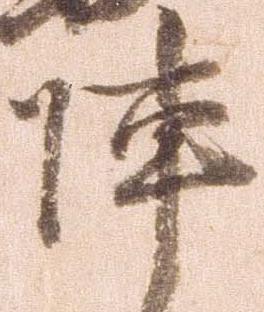
陣